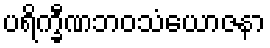
ပရိက္ခီဏဘဝသံယောဇနာ